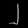
Digit: ၂